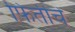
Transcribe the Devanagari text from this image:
फितीचे